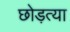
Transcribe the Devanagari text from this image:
छोड़त्या